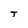
Character: T